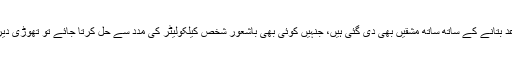
مزے کی بات یہ کہ اس میں اصول و قواعد بتانے کے ساتھ ساتھ مشقیں بھی دی گئی ہیں، جنہیں کوئی بھی باشعور شخص کیلکولیٹر کی مدد سے حل کرتا جائے تو تھوڑی دیر میں اس علم پر عبور حاصل ہو جاتا ہے۔